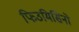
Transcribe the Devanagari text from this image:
फिउमिसिनो